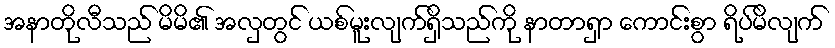
အနာတိုလီသည် မိမိ၏ အလှတွင် ယစ်မူးလျက်ရှိသည်ကို နာတာရှာ ကောင်းစွာ ရိပ်မိလျက်